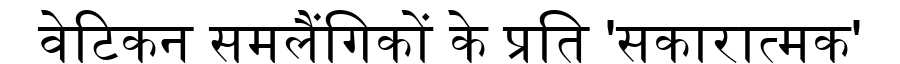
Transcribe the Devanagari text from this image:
वेटिकन समलैंगिकों के प्रति 'सकारात्मक'